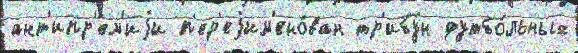
ант'ипр'ем'иjи п'ер'еjим'ено́ван тр'ибу́н футбо́льных